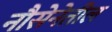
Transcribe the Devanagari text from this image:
नौसेनेतील